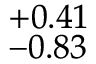
^ { + 0 . 4 1 } _ { - 0 . 8 3 }